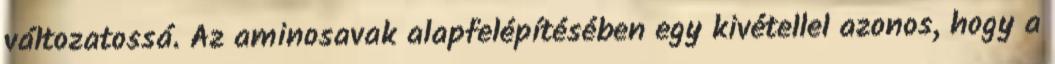
változatossá. Az aminosavak alapfelépítésében egy kivétellel azonos, hogy a